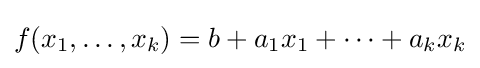
f(x_{1},\ldots ,x_{k})=b+a_{1}x_{1}+\cdots +a_{k}x_{k}